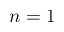
n = 1